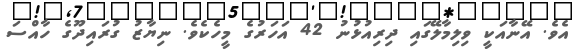
އެވެ. އޭނާއަކީ ވިލިމާލޭގައި ދިރިއުޅުނު 42 އަހަރުގެ މީހެކެވެ. ނިޔާޒު ގުރައިދޫގެ ހާއްސަ